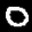
Label: 0